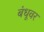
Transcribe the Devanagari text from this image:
बंधूवर